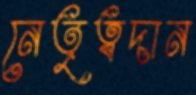
নেতৃত্বদান